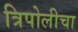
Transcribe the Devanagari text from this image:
त्रिपोलीचा